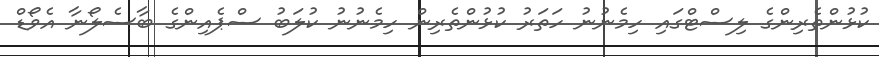
ކުޅުންތެރިންގެ ލިސްޓްގައި ހިމެނުނު ހަތަރު ކުޅުންތެރިން ހިމެނުނު ކުލަބު ސްޕެއިންގެ ބާސެލޯނާ އެވޯޑް